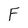
Character: F